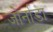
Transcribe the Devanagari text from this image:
जोर्नाडा